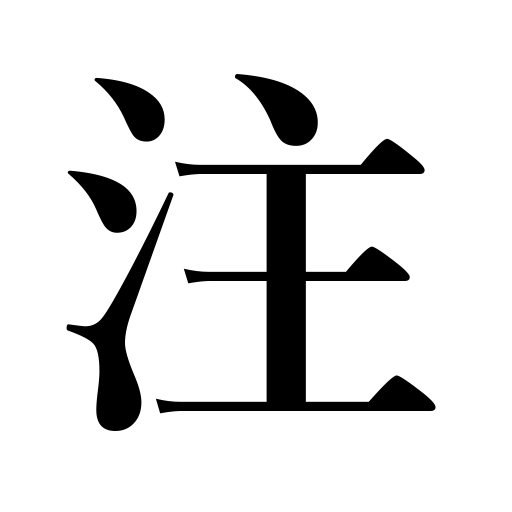
Meanings: N.B.,pour into,comment,notes,sprinkle,rain falls,pour on,irrigate,pay attention to,shed tears,flow into,concentrate on